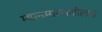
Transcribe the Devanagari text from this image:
म्यानमारमधीलच